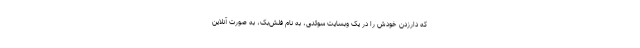
که دارزدن خودش را در یک وبسایت سوئدی، به نام فلش‌بک، به صورت آنلاین